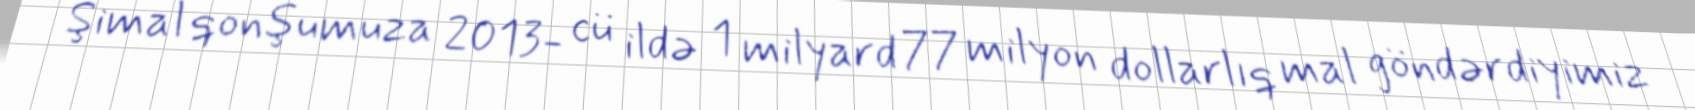
Şimal qonşumuza 2013- cü ildə 1 milyard 77 milyon dollarlıq mal göndərdiyimiz